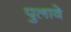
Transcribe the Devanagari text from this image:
पुलावे